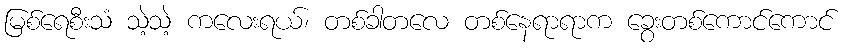
မြစ်ရေစီးသံ သဲ့သဲ့ ကလေးရယ်၊ တစ်ခါတလေ တစ်နေရာရာက ခွေးတစ်ကောင်ကောင်